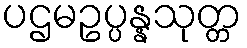
ပဌမဥပ္ပန္နသုတ္တ